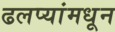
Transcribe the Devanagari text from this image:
ढलप्यांमधून